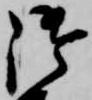
御